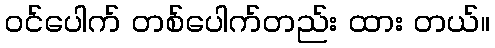
ဝင်ပေါက် တစ်ပေါက်တည်း ထား တယ်။